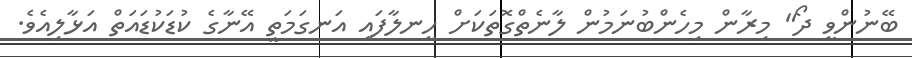
ބޭނުންވީ ދޯ" މިރާން މިހެންބުނަމުން ލާނެތްގޮތަކަށް ހީނލާފައި އަނގަމަތީ އޭނާގެ ކުޑަކުޑައަތް އަޅާލިއެވެ.